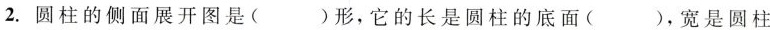
2.圆柱的侧面展开图是( )形，它的长是圆柱的底面( )，宽是圆柱